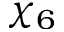
\chi _ { 6 }